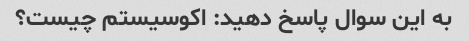
به این سوال پاسخ دهید: اکوسیستم چیست؟